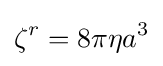
{\zeta ^{r}}=8\pi \eta a^{3}